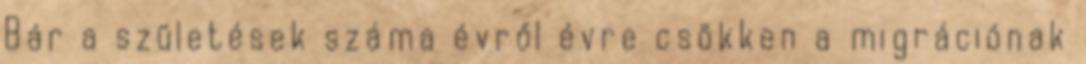
Bár a születések száma évről évre csökken a migrációnak